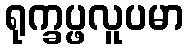
ရုက္ခပ္ဖလူပမာ